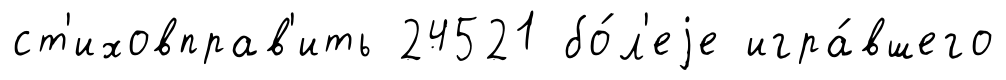
ст'иховправ'ить 24521 бо́л'еjе игра́вшего